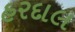
હરદાલ